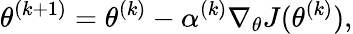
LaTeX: \theta^{(k+1)}=\theta^{(k)}-\alpha^{(k)}\nabla_{\theta}J(\theta^{(k)}),